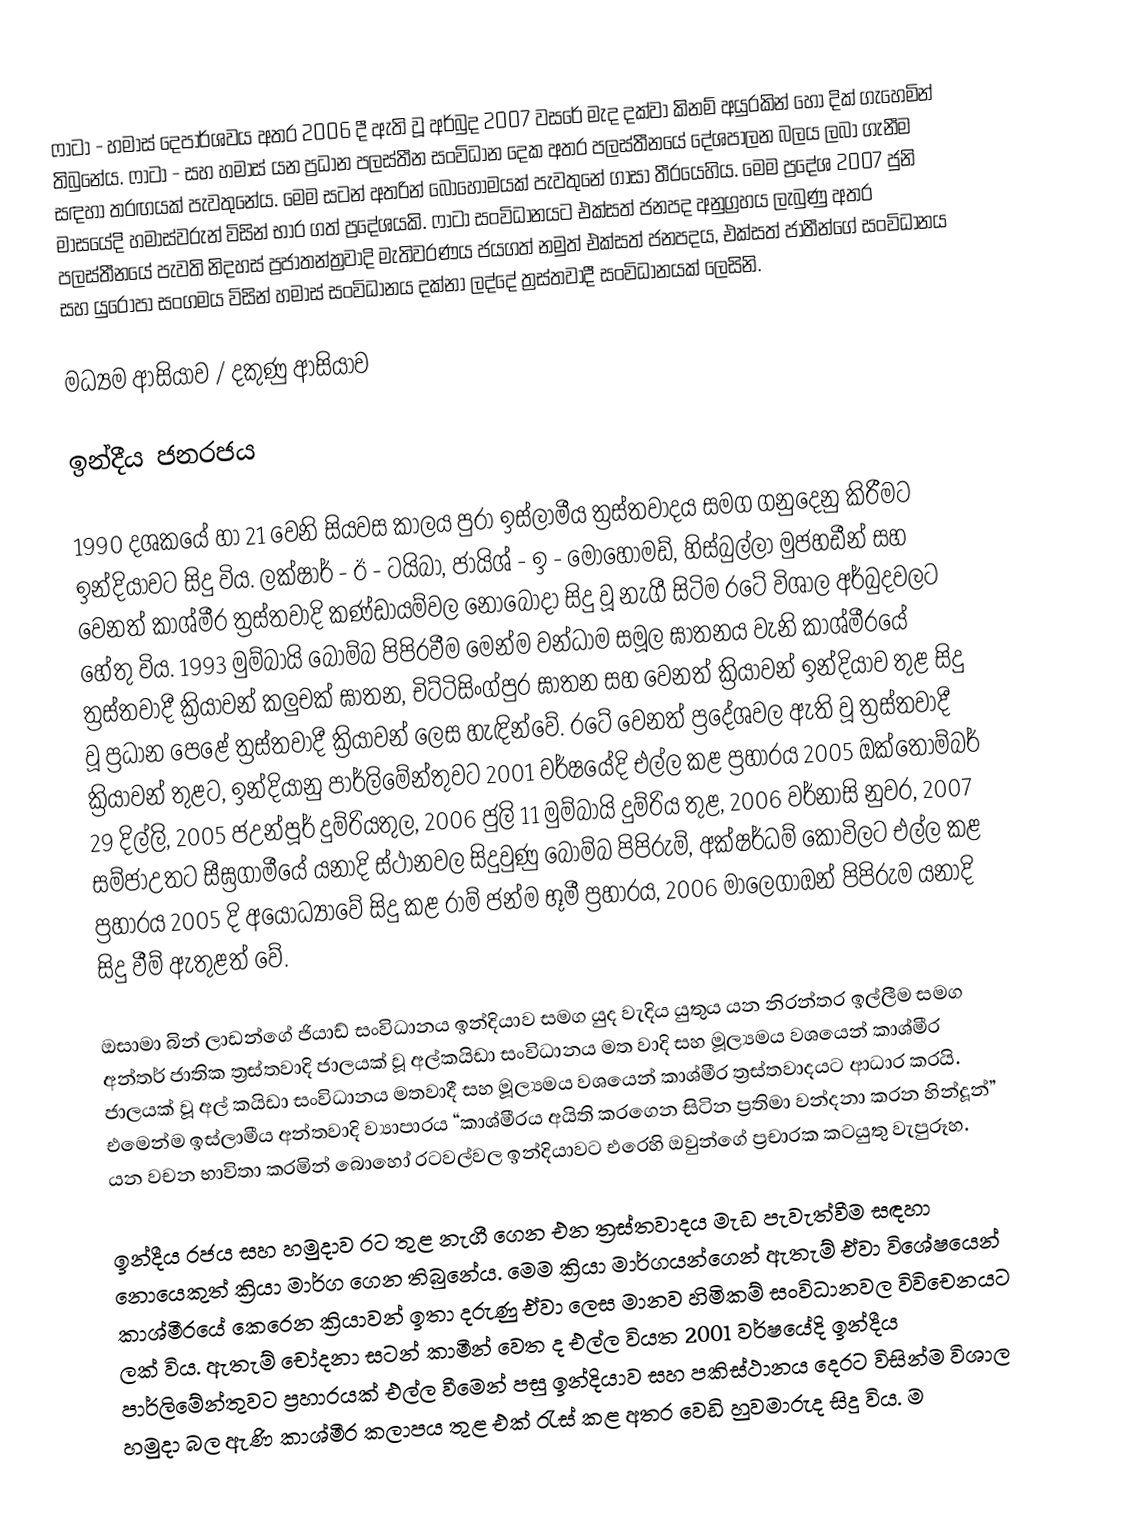
ෆාටා - හමාස් දෙපාර්ශවය අතර 2006 දී ඇති වූ අර්බුද 2007 වසරේ මැද දක්වා කිනම් අයුරකින් හෝ දික් ගැහෙමින් තිබුනේය. ෆාටා - සහ හමාස් යන ප්‍රධාන පලස්තීන සංවිධාන දෙක අතර පලස්තීනයේ දේශපාලන බලය ලබා ගැනීම සඳහා තරඟයක් පැවතුනේය. මෙම සටන් අතරින් බොහොමයක් පැවතුනේ ගාසා තීරයෙහිය. මෙම ප්‍රදේශ 2007 ජුනි මාසයේදි හමාස්වරුන් විසින් භාර ගත් ප්‍රදේශයකි. ෆාටා සංවිධානයට එක්සත් ජනපද අනුග්‍රහය ලැබුණු අතර පලස්තීනයේ පැවති නිදහස් ප්‍රජාතන්ත්‍රවාදි මැතිවරණය ජයගත් නමුත් එක්සත් ජනපදය, එක්සත් ජාතීන්ගේ සංවිධානය සහ යුරො‍්පා සංගමය විසින් හමාස් සංවිධානය දක්නා ලද්දේ ත්‍රස්තවාදී සංවිධානයක් ලෙසිනි.

මධ්‍යම ආසියාව / දකුණු ආසියාව

ඉන්දීය ජනරජය

1990 දශකයේ හා 21  වෙනි සියවස කාලය පුරා ඉස්ලාමීය ත්‍රස්තවාදය සමග ගනුදෙනු කිරීමට ඉන්දියාවට සිදු විය. ලක්ෂාර් - ඊ - ටයිබා, ජායිශ් - ඉ - මොහොමඩ්, හිස්බුල්ලා මුජහඩීන් සහ වෙනත් කාශ්මීර ත්‍රස්තවාදි කණ්ඩායම්වල නොබෝදා සිදු වූ නැගී සිටිම රටේ විශාල අර්බුදවලට හේතු විය. 1993 මුම්බායි බෝම්බ පිපිරවීම මෙන්ම වන්ධාම සමූල ඝාතනය වැනි කාශ්මීරයේ ත්‍රස්තවාදී ක්‍රියාවන් කලුචක් ඝාතන, චිට්ටිසිංග්පුර ඝාතන සහ වෙනත් ක්‍රියාවන් ඉන්දියාව තුළ සිදු වූ ප්‍රධාන පෙළේ ත්‍රස්තවාදී ක්‍රියාවන් ලෙස හැඳින්වේ. ර‍ටේ වෙනත් ප්‍රදේශවල ඇති වූ ත්‍රස්තවාදී ක්‍රියාවන් තුළට, ඉන්දියානු පාර්ලිමේන්තුවට 2001 වර්ෂයේදි එල්ල කළ ප්‍රහාරය 2005 ඔක්තෝම්බර් 29 දිල්ලි, 2005 ජඋන්පූර් දුම්රියතුල, 2006 ජුලි 11 මුම්බායි දුම්රිය තුළ, 2006 වර්නාසි නුවර, 2007 සම්ජාඋතට සීඝ්‍රගාමීයේ යනාදි ස්ථානවල සිදුවුණු බෝම්බ පිපිරුම්, අක්ෂර්ධම් කෝවිලට එල්ල කළ ප්‍රහාරය 2005 දි අයෝධ්‍යාවේ සිදු කළ රාම් ජන්ම භූමී ප්‍රහාරය, 2006 මාලෙගාඔන් පිපිරුම යනාදි සිදු වීම් ඇතුළත් වේ.

ඔසාමා බින් ලාඩන්ගේ ජියාඩ් සංවිධානය ඉන්දියාව සමග යුද වැදිය යුතුය යන නිරන්තර ඉල්ලීම සමග අන්තර් ජාතික ත්‍රස්තවාදි ජාලයක් වූ අල්කයිඩා සංවිධානය මත වාදි සහ මූල්‍යමය වශයෙන් කාශ්මීර ජාලයක් වූ අල් කයිඩා සංවිධානය මතවාදී සහ මූල්‍යමය වශයෙන් කාශ්මීර ත්‍රස්තවාදයට ආධාර කරයි. එමෙන්ම ඉස්ලාමීය අන්තවාදි ව්‍යාපාරය “කාශ්මීරය අයිති කරගෙන සිටින ප්‍රතිමා වන්දනා කරන හින්දූන්” යන වචන භාවිතා කරමින් බොහෝ රටවල්වල ඉන්දියාවට එරෙහි ඔවුන්ගේ ප්‍රචාරක කටයුතු වැපුරූහ.

ඉන්දීය රජය සහ හමුදාව රට තුළ  නැගී ගෙන එන ත්‍රස්තවාදය මැඩ පැවැත්වීම සඳහා නොයෙකුත් ක්‍රියා මාර්ග ගෙන තිබුනේය. මෙම ක්‍රියා මාර්ගයන්ගෙන් ඇතැම් ඒවා විශේෂයෙන් කාශ්මීරයේ කෙරෙන ක්‍රියාවන් ඉතා දරුණු ඒවා ලෙස මානව හිමිකම් සංවිධානවල විවිචෙනයට ලක් විය. ඇතැම් චෝදනා සටන් කාමීන් වෙත ද එල්ල වියත 2001 වර්ෂයේදි ඉන්දීය පාර්ලිමේන්තුවට ප්‍රහාරයක් එල්ල වීමෙන් පසු ඉන්දියාව සහ පකිස්ථානය දෙරට විසින්ම විශාල හමුදා බල ඇණි කාශ්මීර කලාපය තුළ එක් රැස් කළ අතර වෙඩි හුවමාරුද සිදු විය. ම